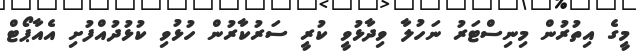
މީގެ އިތުރުން މިނިސްޓަރު ނަހުލާ ވިދާޅުވީ ކުރީ ސަރުކާރުން ހުޅުވި ކުޅުދުއްފުށި އެއާޕޯޓް